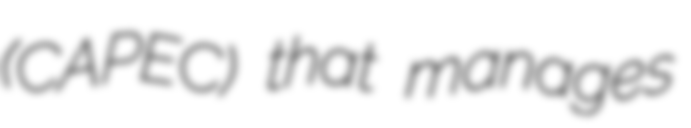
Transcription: (CAPEC) that manages